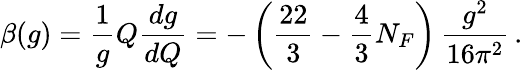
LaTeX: \beta(g)=\frac{1}{g}Q\frac{dg}{dQ}=-\left(\frac{22}{3}-\frac{4}{3}N_{F}\right)\, \frac{g^{2}}{16\pi^{2}}\, .